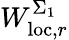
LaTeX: W_{\mathrm{loc},r}^{\Sigma_{1}}